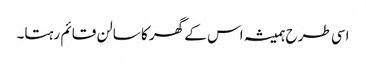
اسی طرح ہمیشہ اس کے گھر کا سالن قائم رہتا۔